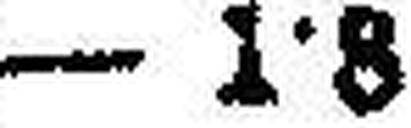
– 1·8